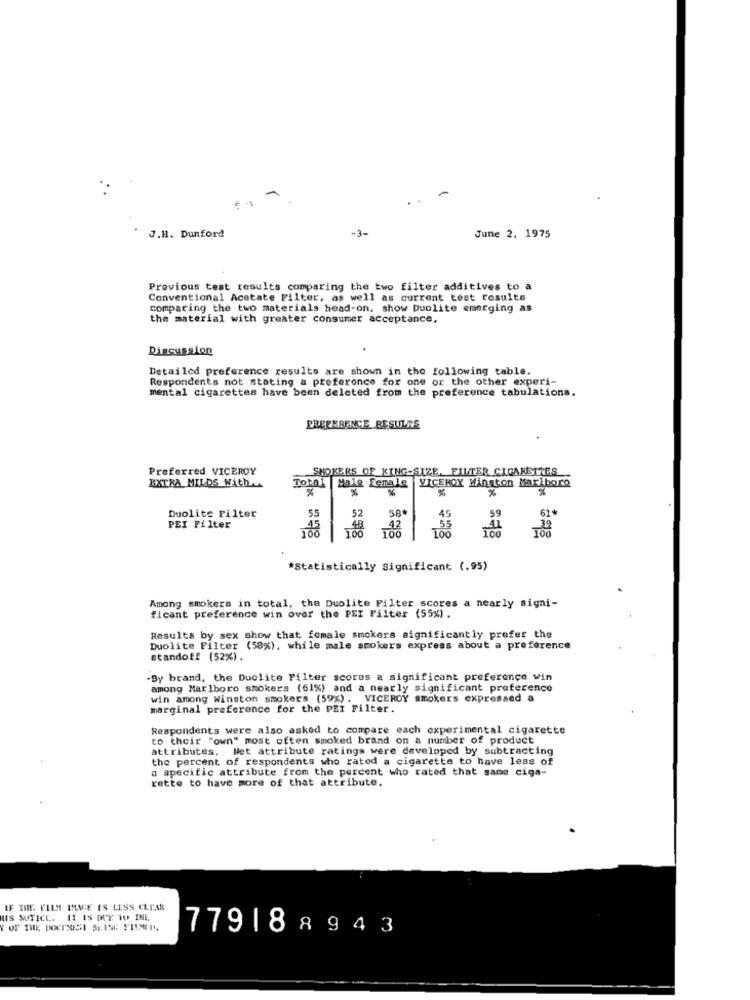
-3-
J.H. Dunford
June 2. 1975
Previous test results comparing the two filter additives to a
Conventional Acetate Filter, as well as current test results
comparing the two materials head-on, show Duolite emerging as
the material with greater consumer acceptance,
Discussion
Detailed preference results are shown in the following table.
Respondents not stating a preference for one or the other experi-
mental cigarettes have been deleted from the preference tabulations.
PREFERENCE RESULT'S
Preferred VICEROY
SNOKERS OF KING-SIZE, FILTER CIGARETTES
Total
Male female VICEHOY Winston Marlboro
EXTRA MILDS With.
58*
Duolite Filter
55
52
59
62*
PEI Filter
*Statistically Significant (.95)
Among smokers in total, the Duolite Filter scores a nearly signi-
ficant preference win over the PEI Filter (55%).
Results by sex show that female smokers significantly prefer the
Duolite Filter (58%), while male stokers express about a preference
standoff (52%).
By brand, the Duolite Filter scores a significant preference win
among Marlboro smokers (61%) and a nearly significant preference
win among Winston smokers (59%). VICEROY smokers expressed a
marginal preference for the PEI Filter.
Respondents were also asked to compare each experimental cigarette
to their "own" most often smoked brand on a number of product
attributes. Met attribute ratings were developed by subtracting
the percent of respondents who rated a cigarette to have leas of
a specific attribute from the percent who rated that same ciga-
rette to have more of that attribute.
IF THE FILM BLIGE IS LESS CLEM
HIS SUTICE. IT IS DUE 10 IHL,
779188943